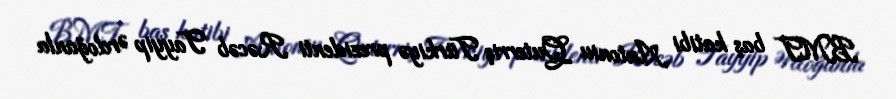
BMT baş katibi Antoniu Quterriş Türkiyə prezidenti Rəcəb Tayyip Ərdoğanla